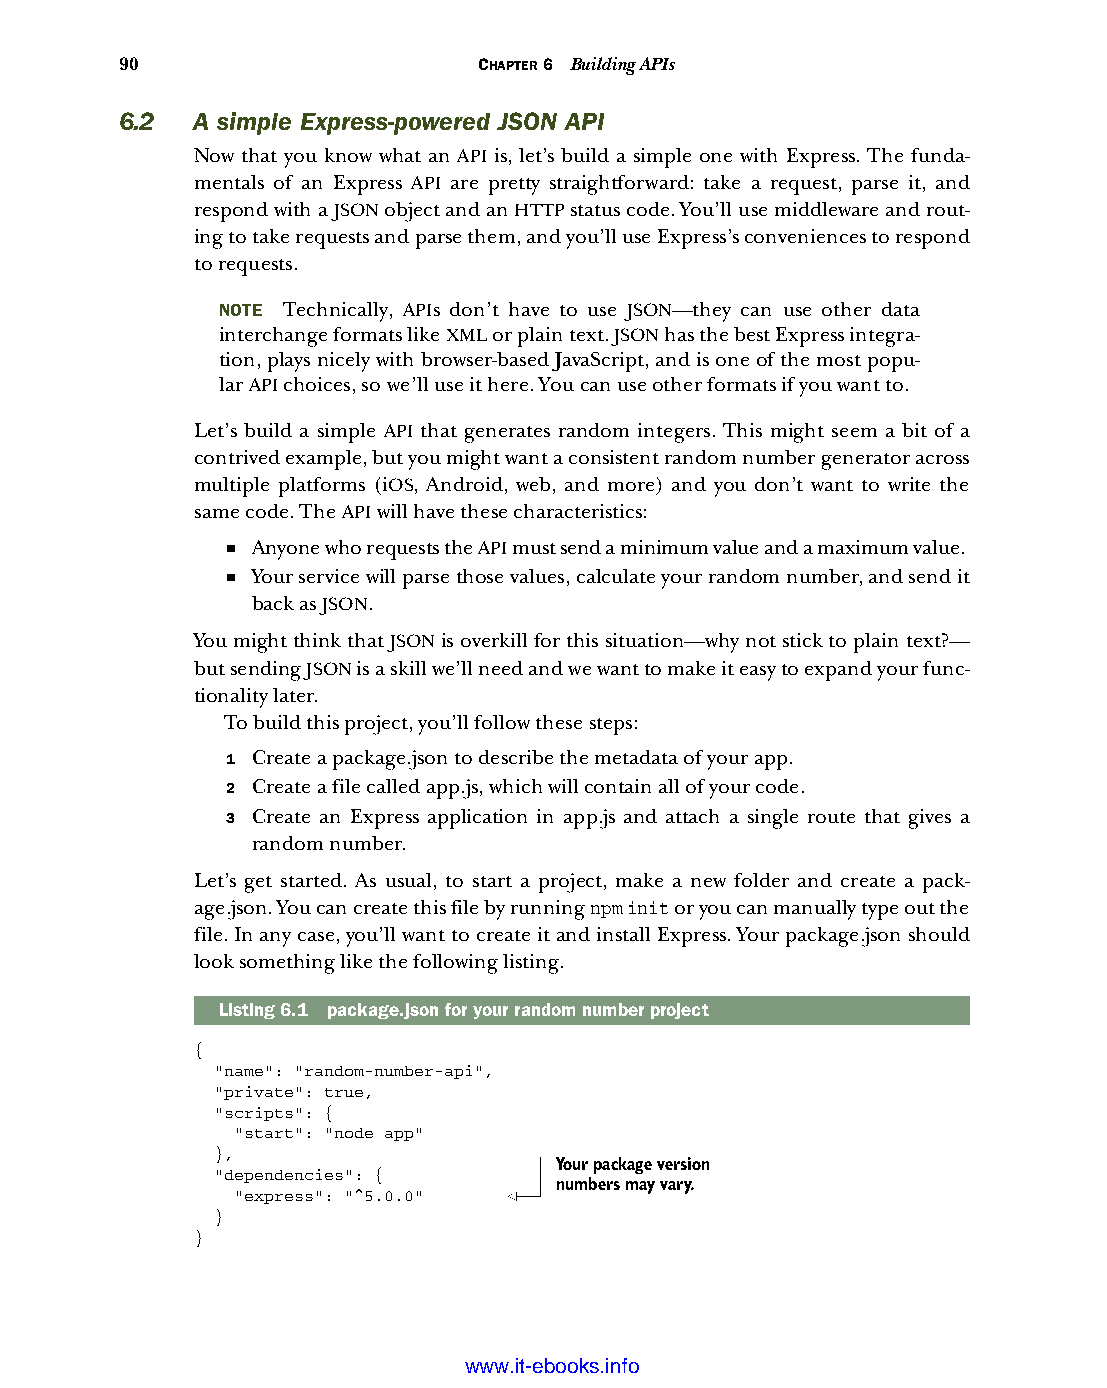
90                      CHAPTER 6 Building APIs
 6.2  A simple Express-powered JSON API
 Now that you know what an API is, let’s build a simple one with Express. The funda-
 mentals of an Express API are pretty straightforward: take a request, parse it, and
 respond with a JSON object and an HTTP status code. You’ll use middleware and rout-
 ing to take requests and parse them, and you’ll use Express’s conveniences to respond
 to requests.
 NOTE Technically, APIs don’t have to use JSON—they can use other data
 interchange formats like XML or plain text. JSON has the best Express integra-
 tion, plays nicely with browser-based JavaScript, and is one of the most popu-
 lar API choices, so we’ll use it here. You can use other formats if you want to.
 Let’s build a simple API that generates random integers. This might seem a bit of a
 contrived example, but you might want a consistent random number generator across
 multiple platforms (iOS, Android, web, and more) and you don’t want to write the
 same code. The API will have these characteristics:
 ■ Anyone who requests the API must send a minimum value and a maximum value.
 ■ Your service will parse those values, calculate your random number, and send it
 back as JSON.
 You might think that JSON is overkill for this situation—why not stick to plain text?—
 but sending JSON is a skill we’ll need and we want to make it easy to expand your func-
 tionality later.
 To build this project, you’ll follow these steps:
 1 Create a package.json to describe the metadata of your app.
 2 Create a file called app.js, which will contain all of your code.
 3 Create an Express application in app.js and attach a single route that gives a
 random number.
 Let’s get started. As usual, to start a project, make a new folder and create a pack-
 age.json. You can create this file by running npm init or you can manually type out the
 file. In any case, you’ll want to create it and install Express. Your package.json should
 look something like the following listing.
 Listing6.1 package.json for your random number project
 {
 "name": "random-number-api",
 "private": true,
 "scripts": {
 "start": "node app"
 },
 Your package version
 "dependencies": {
 numbers may vary.
 "express": "^5.0.0"
 }
 }
 Licensed wtow w <.mit-ielebro.8o8k8s@.ingfomail.com>